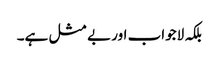
بلکہ لاجواب اور بے مثل ہے۔